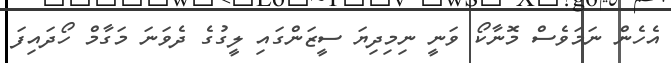
އެހެން ނަމަވެސް މޮނާކޯ ވަނީ ނިމިދިޔަ ސީޒަންގައި ލީގުގެ ދެވަނަ މަގާމް ހޯދައިފަ